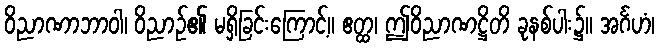
ဝိညာဏာဘာဝါ၊ ဝိညာဉ်၏ မရှိခြင်းကြောင့်။ ဧတ္ထ၊ ဤဝိညာဏဋ္ဌိတိ ခုနစ်ပါး၌။ အင်္ဂဟံ၊